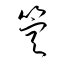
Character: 箜